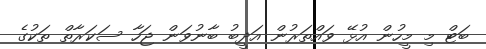
ބަޓް މި މީހުން އުޅޭ ވައްތަރުން އަދީބު ބާނުވަން ޖަހާ ސަކަރާތް ތަކުގެ